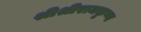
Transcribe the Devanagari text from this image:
श्रीश्रीरामकृष्ण